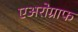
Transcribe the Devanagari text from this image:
एअरोग्राफ